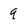
Character: q